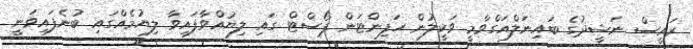
ރައީސް ނަޝީދުގެ ބައިނަލްއަގްވާމީ ވަކީލުން ހަފިންޓަން ޕޯސްޓް ގައި ލިޔުއްވާފައިވާ ލިޔުމެއްގައި ބުނެފައިވަނީ